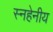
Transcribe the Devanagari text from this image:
स्नहेनीय